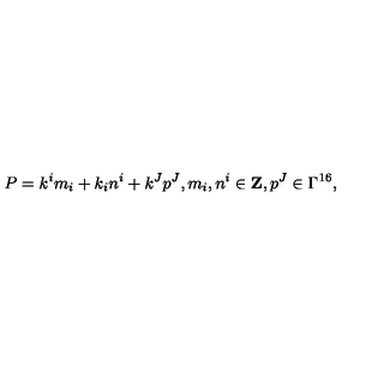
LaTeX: P = k ^ { i } m _ { i } + k _ { i } n ^ { i } + k ^ { J } p ^ { J } , m _ { i } , n ^ { i } \in { \bf Z } , p ^ { J } \in \Gamma ^ { 1 6 } ,